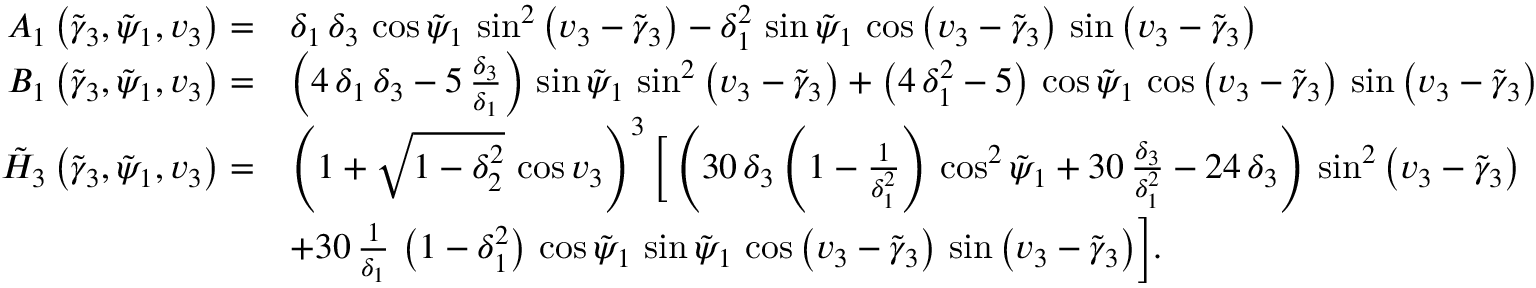
\begin{array} { r l } { A _ { 1 } \left( \tilde { \gamma } _ { 3 } , \tilde { \psi } _ { 1 } , v _ { 3 } \right) = } & { \delta _ { 1 } \, \delta _ { 3 } \, \cos \tilde { \psi } _ { 1 } \, \sin ^ { 2 } \left( v _ { 3 } - \tilde { \gamma } _ { 3 } \right) - \delta _ { 1 } ^ { 2 } \, \sin \tilde { \psi } _ { 1 } \, \cos \left( v _ { 3 } - \tilde { \gamma } _ { 3 } \right) \, \sin \left( v _ { 3 } - \tilde { \gamma } _ { 3 } \right) } \\ { B _ { 1 } \left( \tilde { \gamma } _ { 3 } , \tilde { \psi } _ { 1 } , v _ { 3 } \right) = } & { \left( 4 \, \delta _ { 1 } \, \delta _ { 3 } - 5 \, \frac { \delta _ { 3 } } { \delta _ { 1 } } \right) \, \sin \tilde { \psi } _ { 1 } \, \sin ^ { 2 } \left( v _ { 3 } - \tilde { \gamma } _ { 3 } \right) + \left( 4 \, \delta _ { 1 } ^ { 2 } - 5 \right) \, \cos \tilde { \psi } _ { 1 } \, \cos \left( v _ { 3 } - \tilde { \gamma } _ { 3 } \right) \, \sin \left( v _ { 3 } - \tilde { \gamma } _ { 3 } \right) } \\ { \tilde { H } _ { 3 } \left( \tilde { \gamma } _ { 3 } , \tilde { \psi } _ { 1 } , v _ { 3 } \right) = } & { \left( 1 + \sqrt { 1 - \delta _ { 2 } ^ { 2 } } \, \cos v _ { 3 } \right) ^ { 3 } \bigg [ \left( 3 0 \, \delta _ { 3 } \left( 1 - \frac { 1 } { \delta _ { 1 } ^ { 2 } } \right) \, \cos ^ { 2 } \tilde { \psi } _ { 1 } + 3 0 \, \frac { \delta _ { 3 } } { \delta _ { 1 } ^ { 2 } } - 2 4 \, \delta _ { 3 } \right) \, \sin ^ { 2 } \left( v _ { 3 } - \tilde { \gamma } _ { 3 } \right) } \\ { \quad } & { + { 3 0 \, \frac { 1 } { \delta _ { 1 } } \, \left( 1 - \delta _ { 1 } ^ { 2 } \right) \, \cos \tilde { \psi } _ { 1 } \, \sin \tilde { \psi } _ { 1 } \, \cos \left( v _ { 3 } - \tilde { \gamma } _ { 3 } \right) \, \sin \left( v _ { 3 } - \tilde { \gamma } _ { 3 } \right) } \bigg ] . } \end{array}